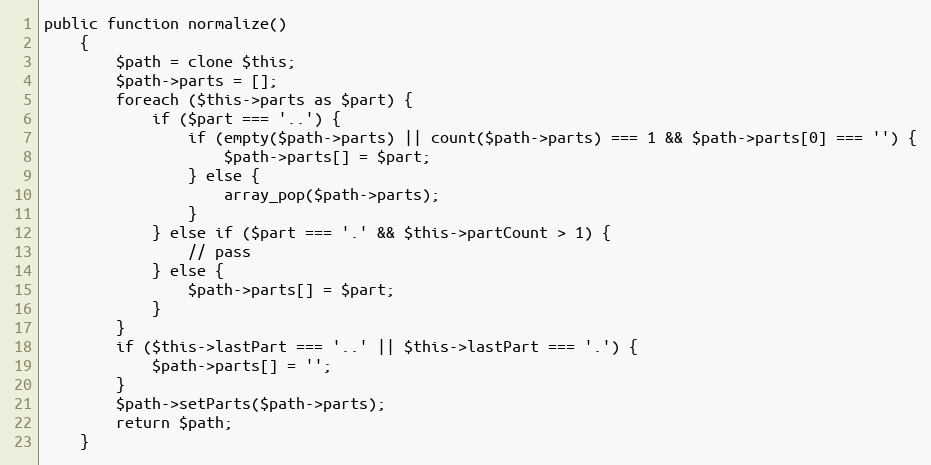
Language: PHP
public function normalize()
	{
		$path = clone $this;
		$path->parts = [];
		foreach ($this->parts as $part) {
			if ($part === '..') {
				if (empty($path->parts) || count($path->parts) === 1 && $path->parts[0] === '') {
					$path->parts[] = $part;
				} else {
					array_pop($path->parts);
				}
			} else if ($part === '.' && $this->partCount > 1) {
				// pass
			} else {
				$path->parts[] = $part;
			}
		}
		if ($this->lastPart === '..' || $this->lastPart === '.') {
			$path->parts[] = '';
		}
		$path->setParts($path->parts);
		return $path;
	}